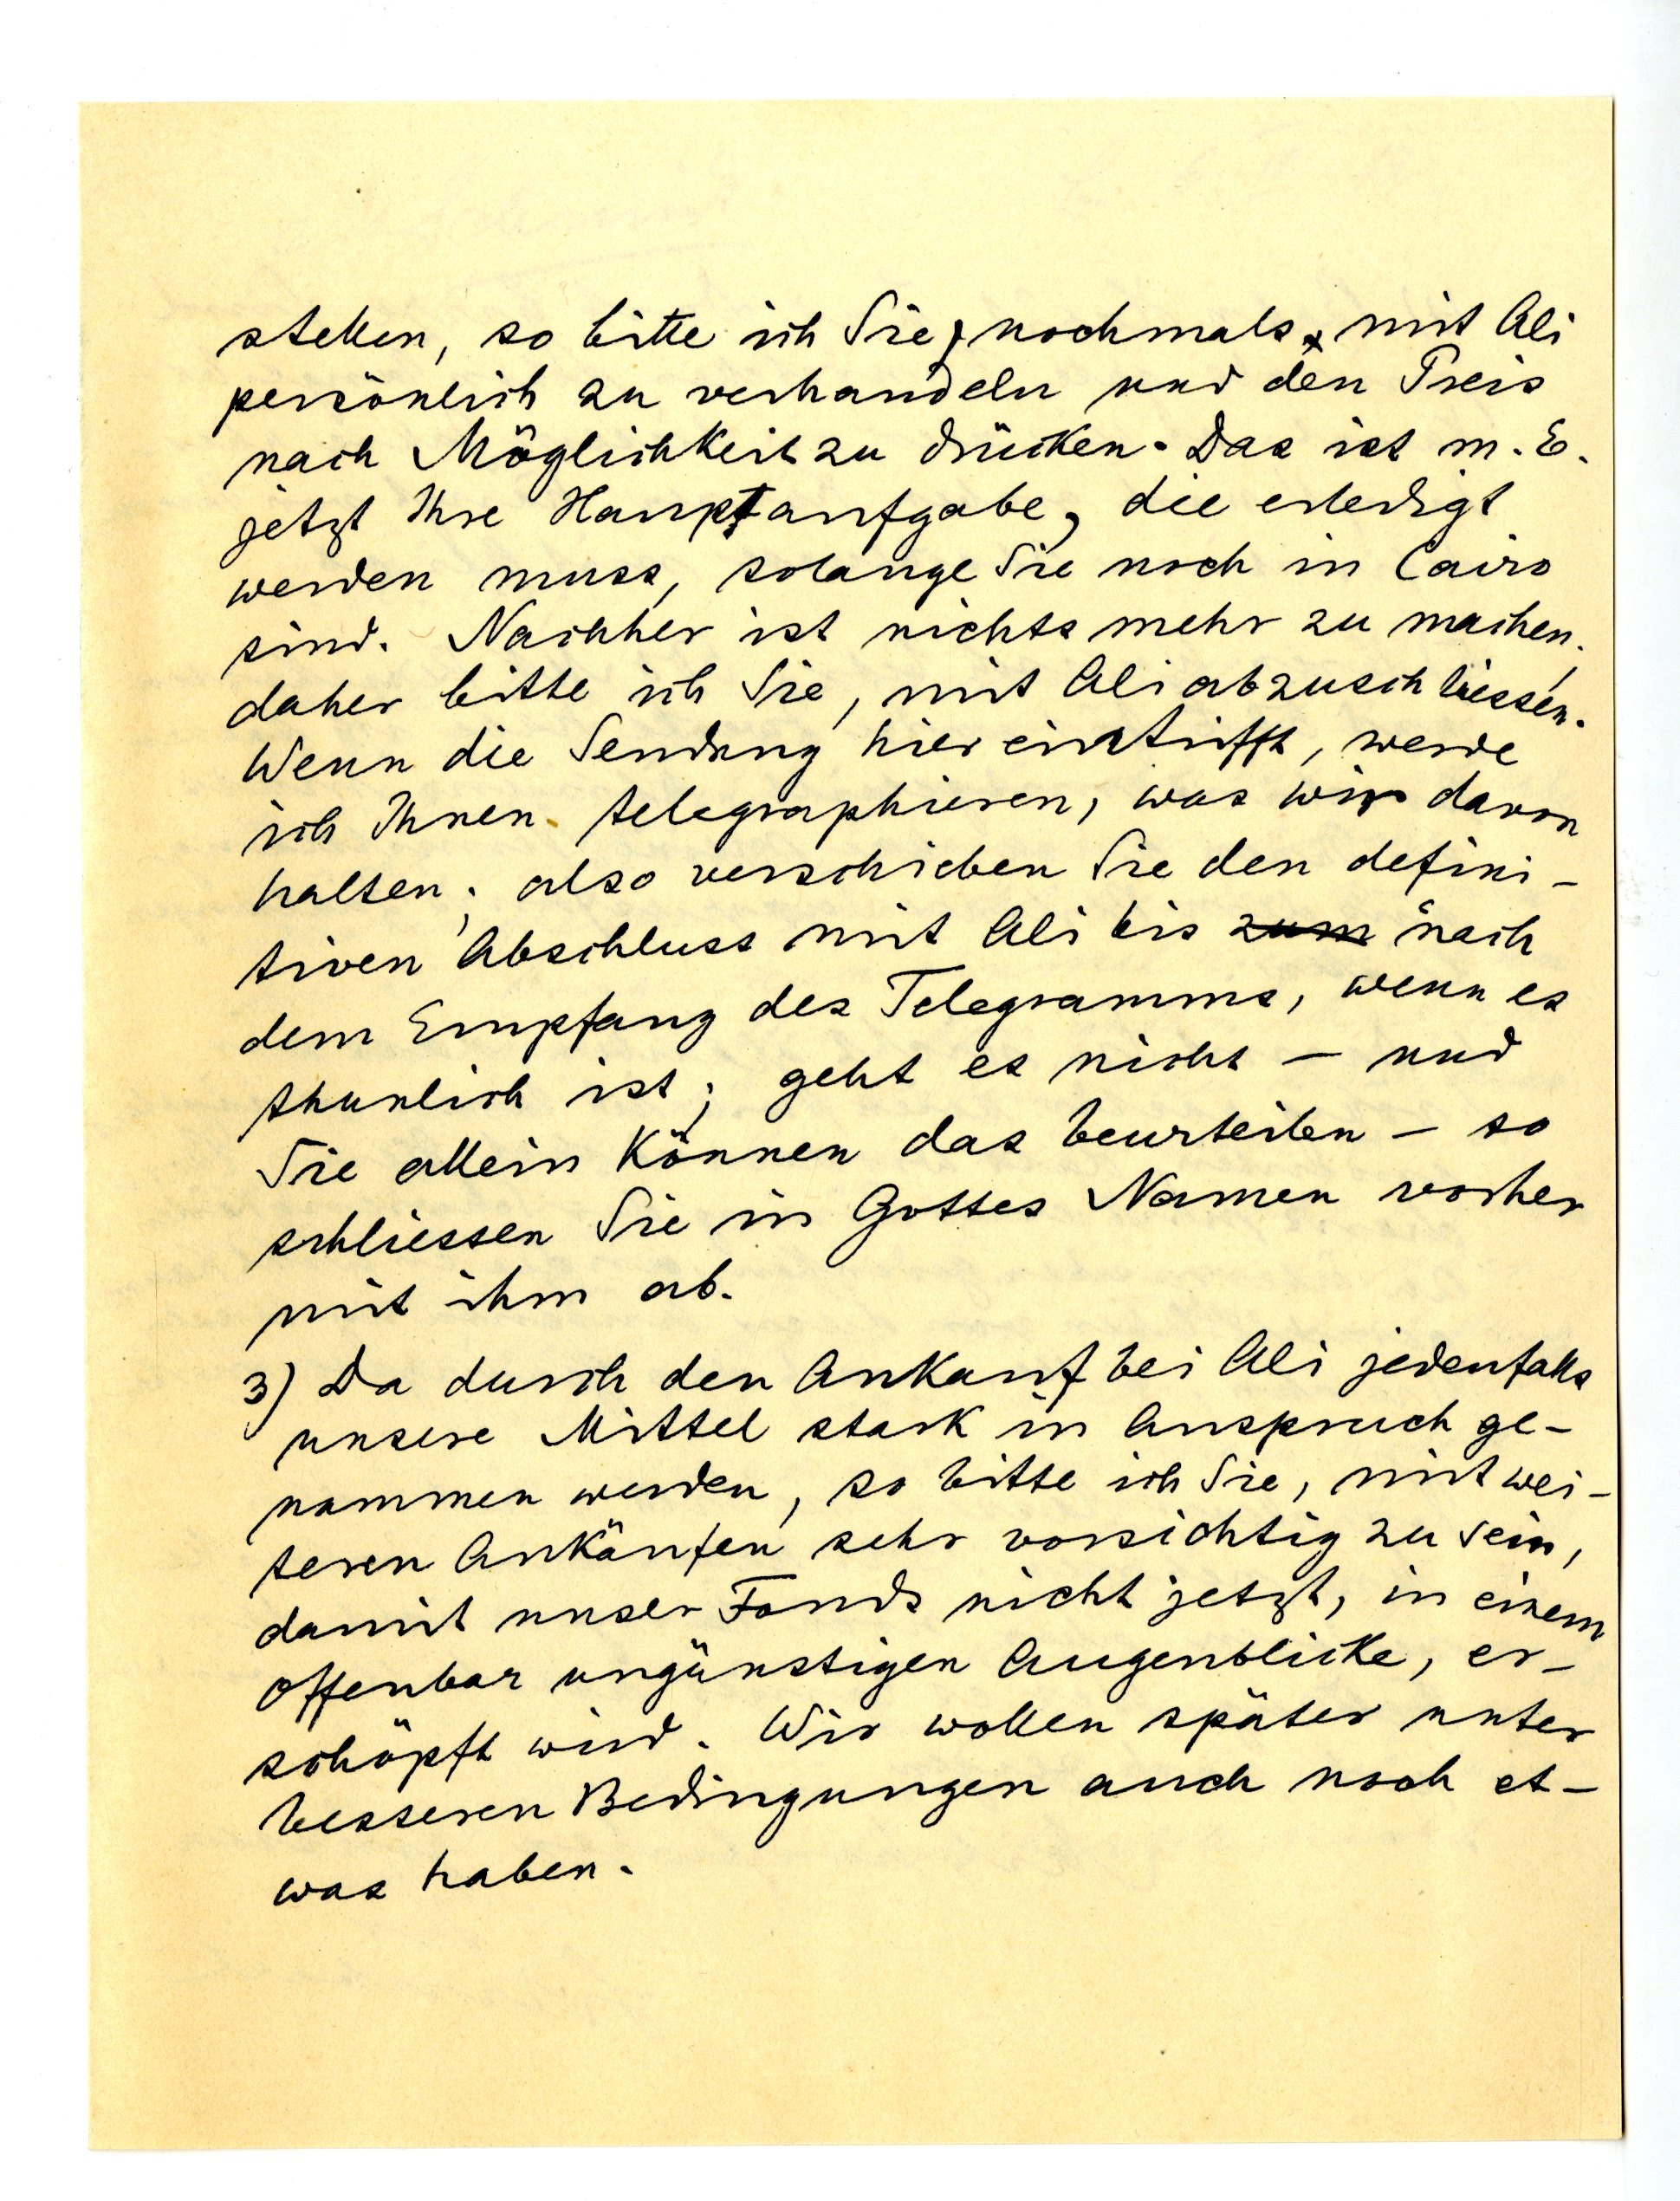
stellen, so bitte ich Sie, nochmals mit Ali
persönlich zu verhandeln und den Preis
nach Möglichkeit zu drücken. Das ist m. E.
jetzt Ihre Hauptaufgabe, die erledigt
werden muss, solange Sie noch in Cairo
sind. Nachher ist nichts mehr zu machen.
Daher bitte ich Sie, mit Ali abzuschliessen.
Wenn die Sendung hier eintrifft, werde
ich Ihnen telegraphieren, was wir davon
halten; also verschieben Sie den defini¬
tiven Abschluss mit Ali bis nach
dem Empfang des Telegramms, wenn es
thunlich ist; geht es nicht - und
Sie allein können das beurteilen - so
schliessen Sie in Gottes Namen vorher
mit ihm ab.
3) Da durch den Ankauf bei Ali jedenfalls
unsere Mittel stark in Anspruch ge¬
nommen werden, so bitte ich sie, mit wei¬
teren Ankäufen sehr vorsichtig zu sein,
damit unser Fonds nicht jetzt, in einem
offenbar ungünstigen Augenblick, er¬
schöpft wird. Wir wollen später unter
besseren Bedingungen auch noch et¬
was haben.